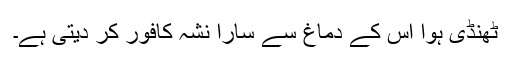
ٹھنڈی ہوا اُس کے دماغ سے سارا نشہ کافور کر دیتی ہے۔